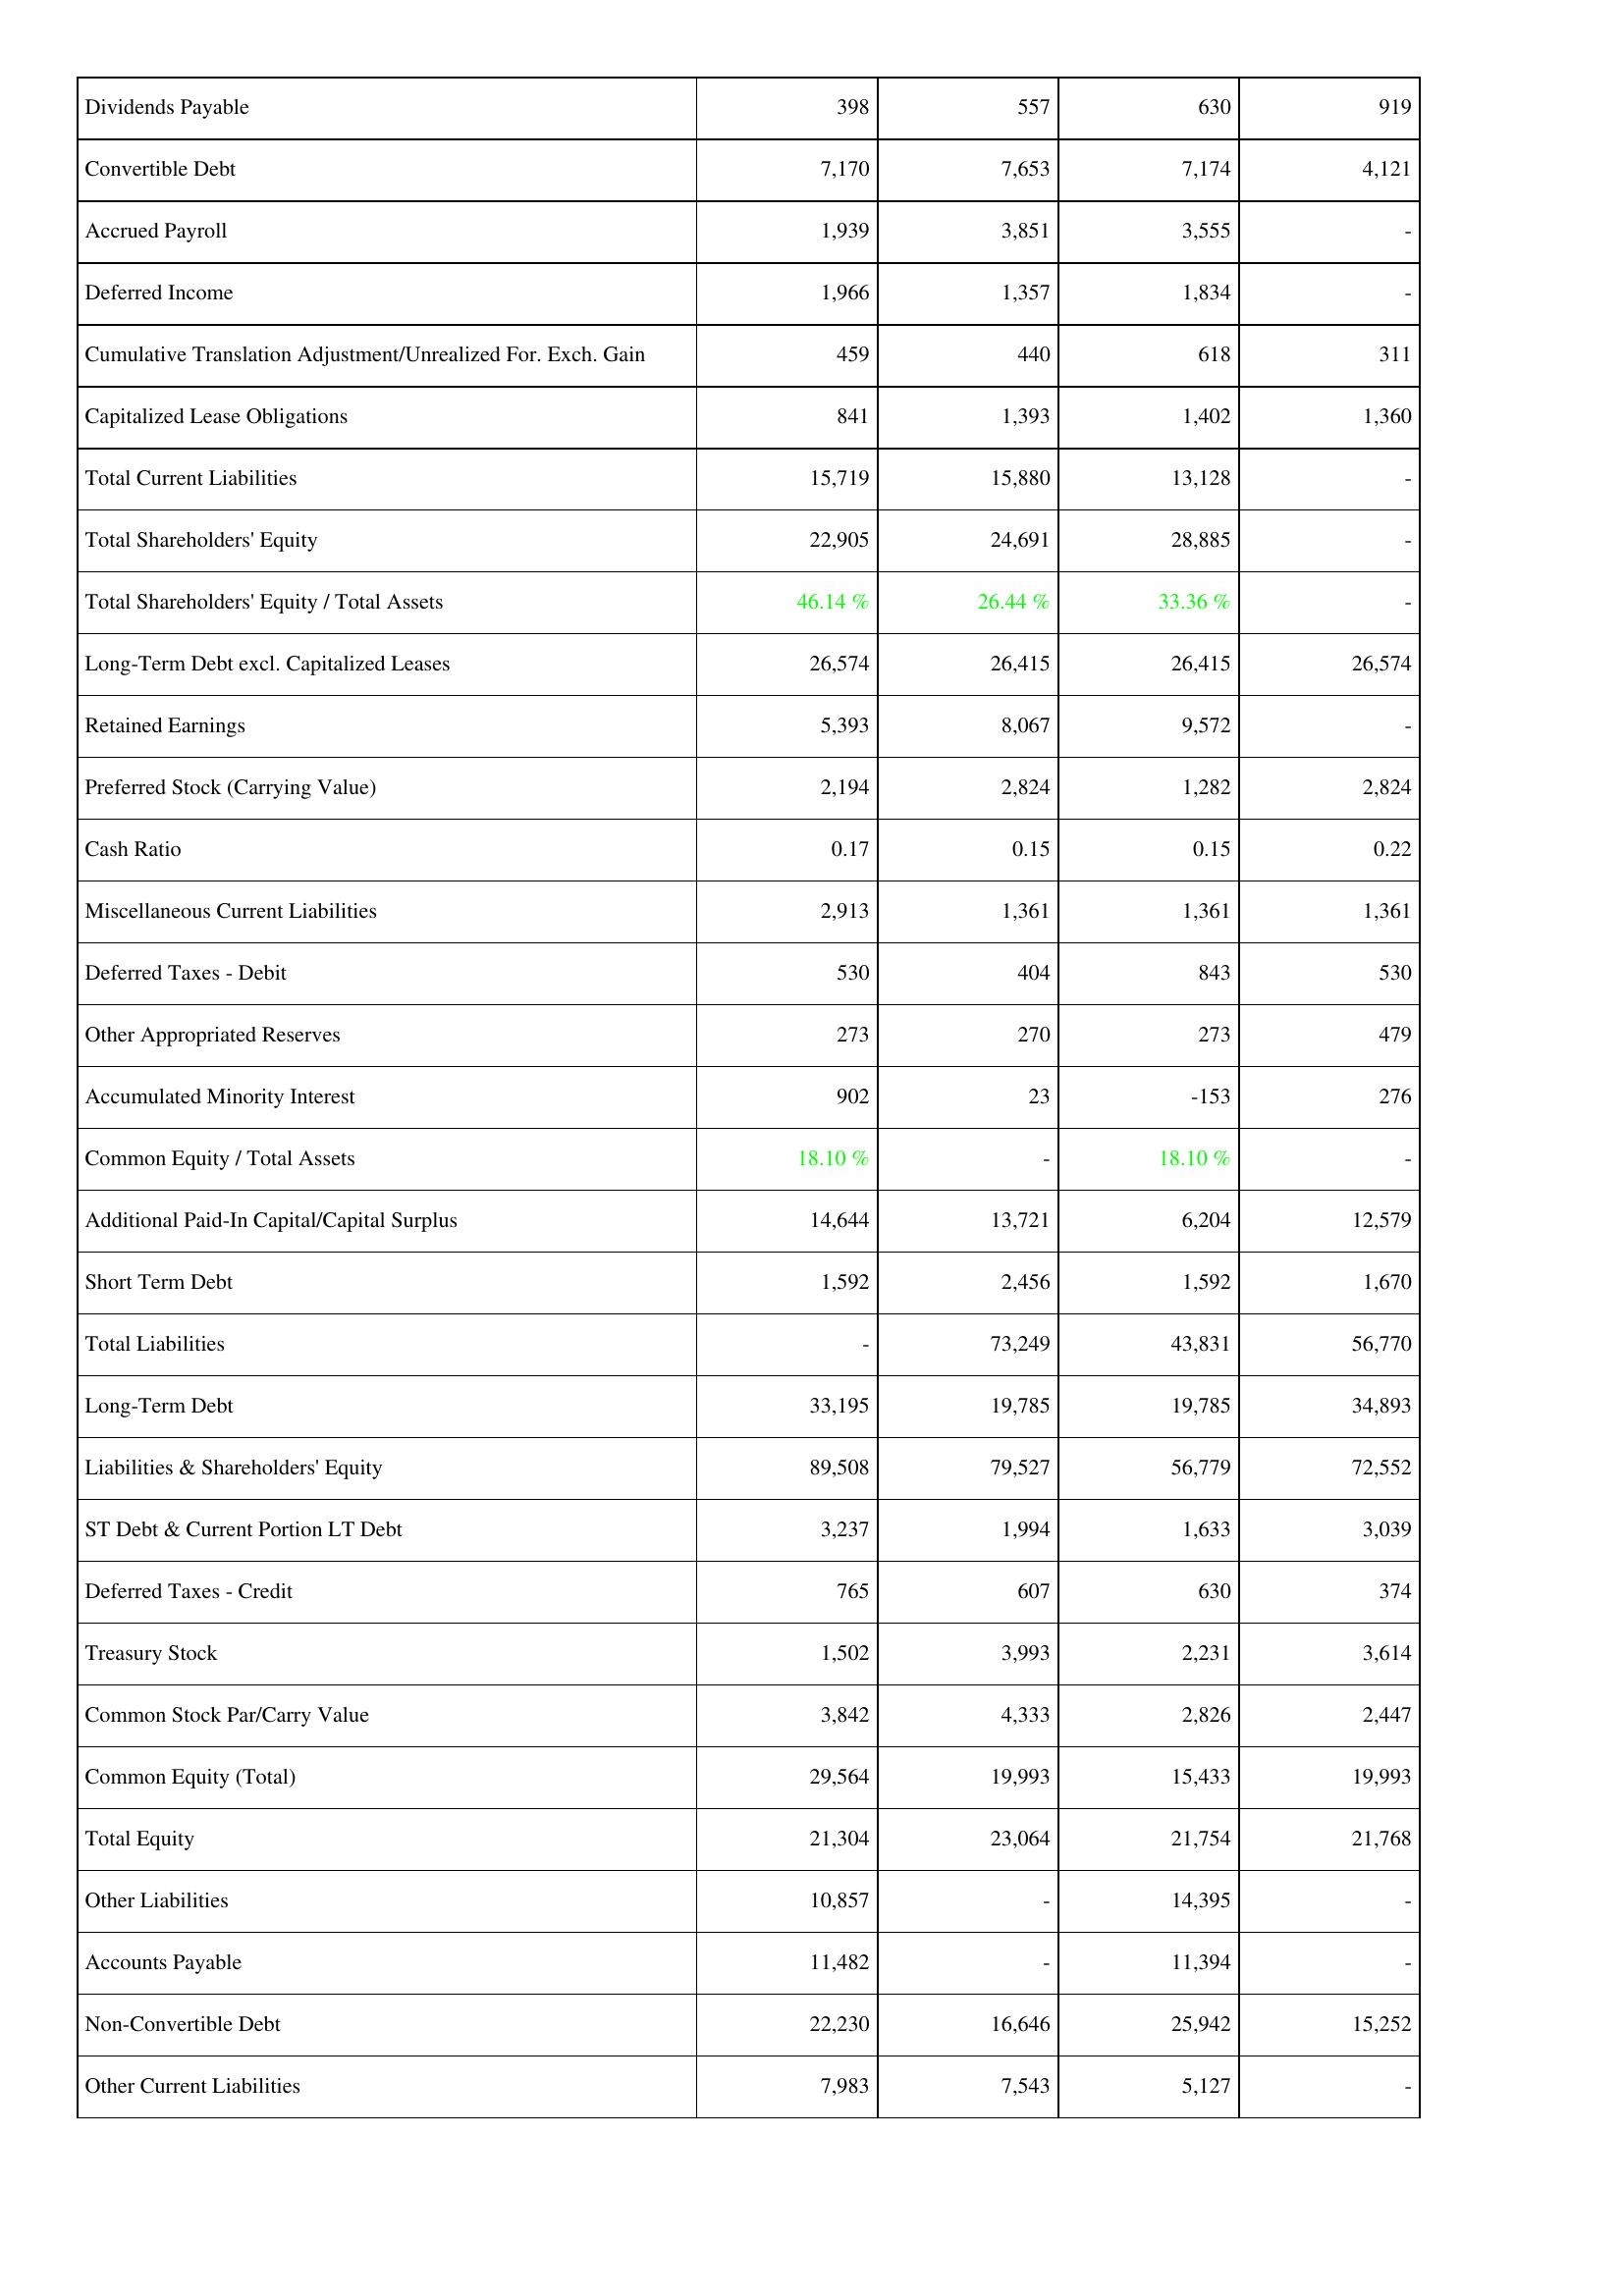
2016: Liabilities & Shareholders' Equity: Dividends Payable: 398
Convertible Debt: 7,170
Accrued Payroll: 1,939
Deferred Income: 1,966
Cumulative Translation Adjustment/Unrealized For. Exch. Gain: 459
Capitalized Lease Obligations: 841
Total Current Liabilities: 15,719
Total Shareholders' Equity: 22,905
Total Shareholders' Equity / Total Assets: 46.14 %
Long-Term Debt excl. Capitalized Leases: 26,574
Retained Earnings: 5,393
Preferred Stock (Carrying Value): 2,194
Cash Ratio: 0.17
Miscellaneous Current Liabilities: 2,913
Deferred Taxes - Debit: 530
Other Appropriated Reserves: 273
Accumulated Minority Interest: 902
Common Equity / Total Assets: 18.10 %
Additional Paid-In Capital/Capital Surplus: 14,644
Short Term Debt: 1,592
Total Liabilities: -
Long-Term Debt: 33,195
Liabilities & Shareholders' Equity: 89,508
ST Debt & Current Portion LT Debt: 3,237
Deferred Taxes - Credit: 765
Treasury Stock: 1,502
Common Stock Par/Carry Value: 3,842
Common Equity (Total): 29,564
Total Equity: 21,304
Other Liabilities: 10,857
Accounts Payable: 11,482
Non-Convertible Debt: 22,230
Other Current Liabilities: 7,983
2017: Liabilities & Shareholders' Equity: Dividends Payable: 557
Convertible Debt: 7,653
Accrued Payroll: 3,851
Deferred Income: 1,357
Cumulative Translation Adjustment/Unrealized For. Exch. Gain: 440
Capitalized Lease Obligations: 1,393
Total Current Liabilities: 15,880
Total Shareholders' Equity: 24,691
Total Shareholders' Equity / Total Assets: 26.44 %
Long-Term Debt excl. Capitalized Leases: 26,415
Retained Earnings: 8,067
Preferred Stock (Carrying Value): 2,824
Cash Ratio: 0.15
Miscellaneous Current Liabilities: 1,361
Deferred Taxes - Debit: 404
Other Appropriated Reserves: 270
Accumulated Minority Interest: 23
Common Equity / Total Assets: -
Additional Paid-In Capital/Capital Surplus: 13,721
Short Term Debt: 2,456
Total Liabilities: 73,249
Long-Term Debt: 19,785
Liabilities & Shareholders' Equity: 79,527
ST Debt & Current Portion LT Debt: 1,994
Deferred Taxes - Credit: 607
Treasury Stock: 3,993
Common Stock Par/Carry Value: 4,333
Common Equity (Total): 19,993
Total Equity: 23,064
Other Liabilities: -
Accounts Payable: -
Non-Convertible Debt: 16,646
Other Current Liabilities: 7,543
2018: Liabilities & Shareholders' Equity: Dividends Payable: 630
Convertible Debt: 7,174
Accrued Payroll: 3,555
Deferred Income: 1,834
Cumulative Translation Adjustment/Unrealized For. Exch. Gain: 618
Capitalized Lease Obligations: 1,402
Total Current Liabilities: 13,128
Total Shareholders' Equity: 28,885
Total Shareholders' Equity / Total Assets: 33.36 %
Long-Term Debt excl. Capitalized Leases: 26,415
Retained Earnings: 9,572
Preferred Stock (Carrying Value): 1,282
Cash Ratio: 0.15
Miscellaneous Current Liabilities: 1,361
Deferred Taxes - Debit: 843
Other Appropriated Reserves: 273
Accumulated Minority Interest: -153
Common Equity / Total Assets: 18.10 %
Additional Paid-In Capital/Capital Surplus: 6,204
Short Term Debt: 1,592
Total Liabilities: 43,831
Long-Term Debt: 19,785
Liabilities & Shareholders' Equity: 56,779
ST Debt & Current Portion LT Debt: 1,633
Deferred Taxes - Credit: 630
Treasury Stock: 2,231
Common Stock Par/Carry Value: 2,826
Common Equity (Total): 15,433
Total Equity: 21,754
Other Liabilities: 14,395
Accounts Payable: 11,394
Non-Convertible Debt: 25,942
Other Current Liabilities: 5,127
2019: Liabilities & Shareholders' Equity: Dividends Payable: 919
Convertible Debt: 4,121
Accrued Payroll: -
Deferred Income: -
Cumulative Translation Adjustment/Unrealized For. Exch. Gain: 311
Capitalized Lease Obligations: 1,360
Total Current Liabilities: -
Total Shareholders' Equity: -
Total Shareholders' Equity / Total Assets: -
Long-Term Debt excl. Capitalized Leases: 26,574
Retained Earnings: -
Preferred Stock (Carrying Value): 2,824
Cash Ratio: 0.22
Miscellaneous Current Liabilities: 1,361
Deferred Taxes - Debit: 530
Other Appropriated Reserves: 479
Accumulated Minority Interest: 276
Common Equity / Total Assets: -
Additional Paid-In Capital/Capital Surplus: 12,579
Short Term Debt: 1,670
Total Liabilities: 56,770
Long-Term Debt: 34,893
Liabilities & Shareholders' Equity: 72,552
ST Debt & Current Portion LT Debt: 3,039
Deferred Taxes - Credit: 374
Treasury Stock: 3,614
Common Stock Par/Carry Value: 2,447
Common Equity (Total): 19,993
Total Equity: 21,768
Other Liabilities: -
Accounts Payable: -
Non-Convertible Debt: 15,252
Other Current Liabilities: -